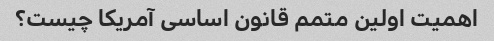
اهمیت اولین متمم قانون اساسی آمریکا چیست؟